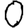
Digit: 0